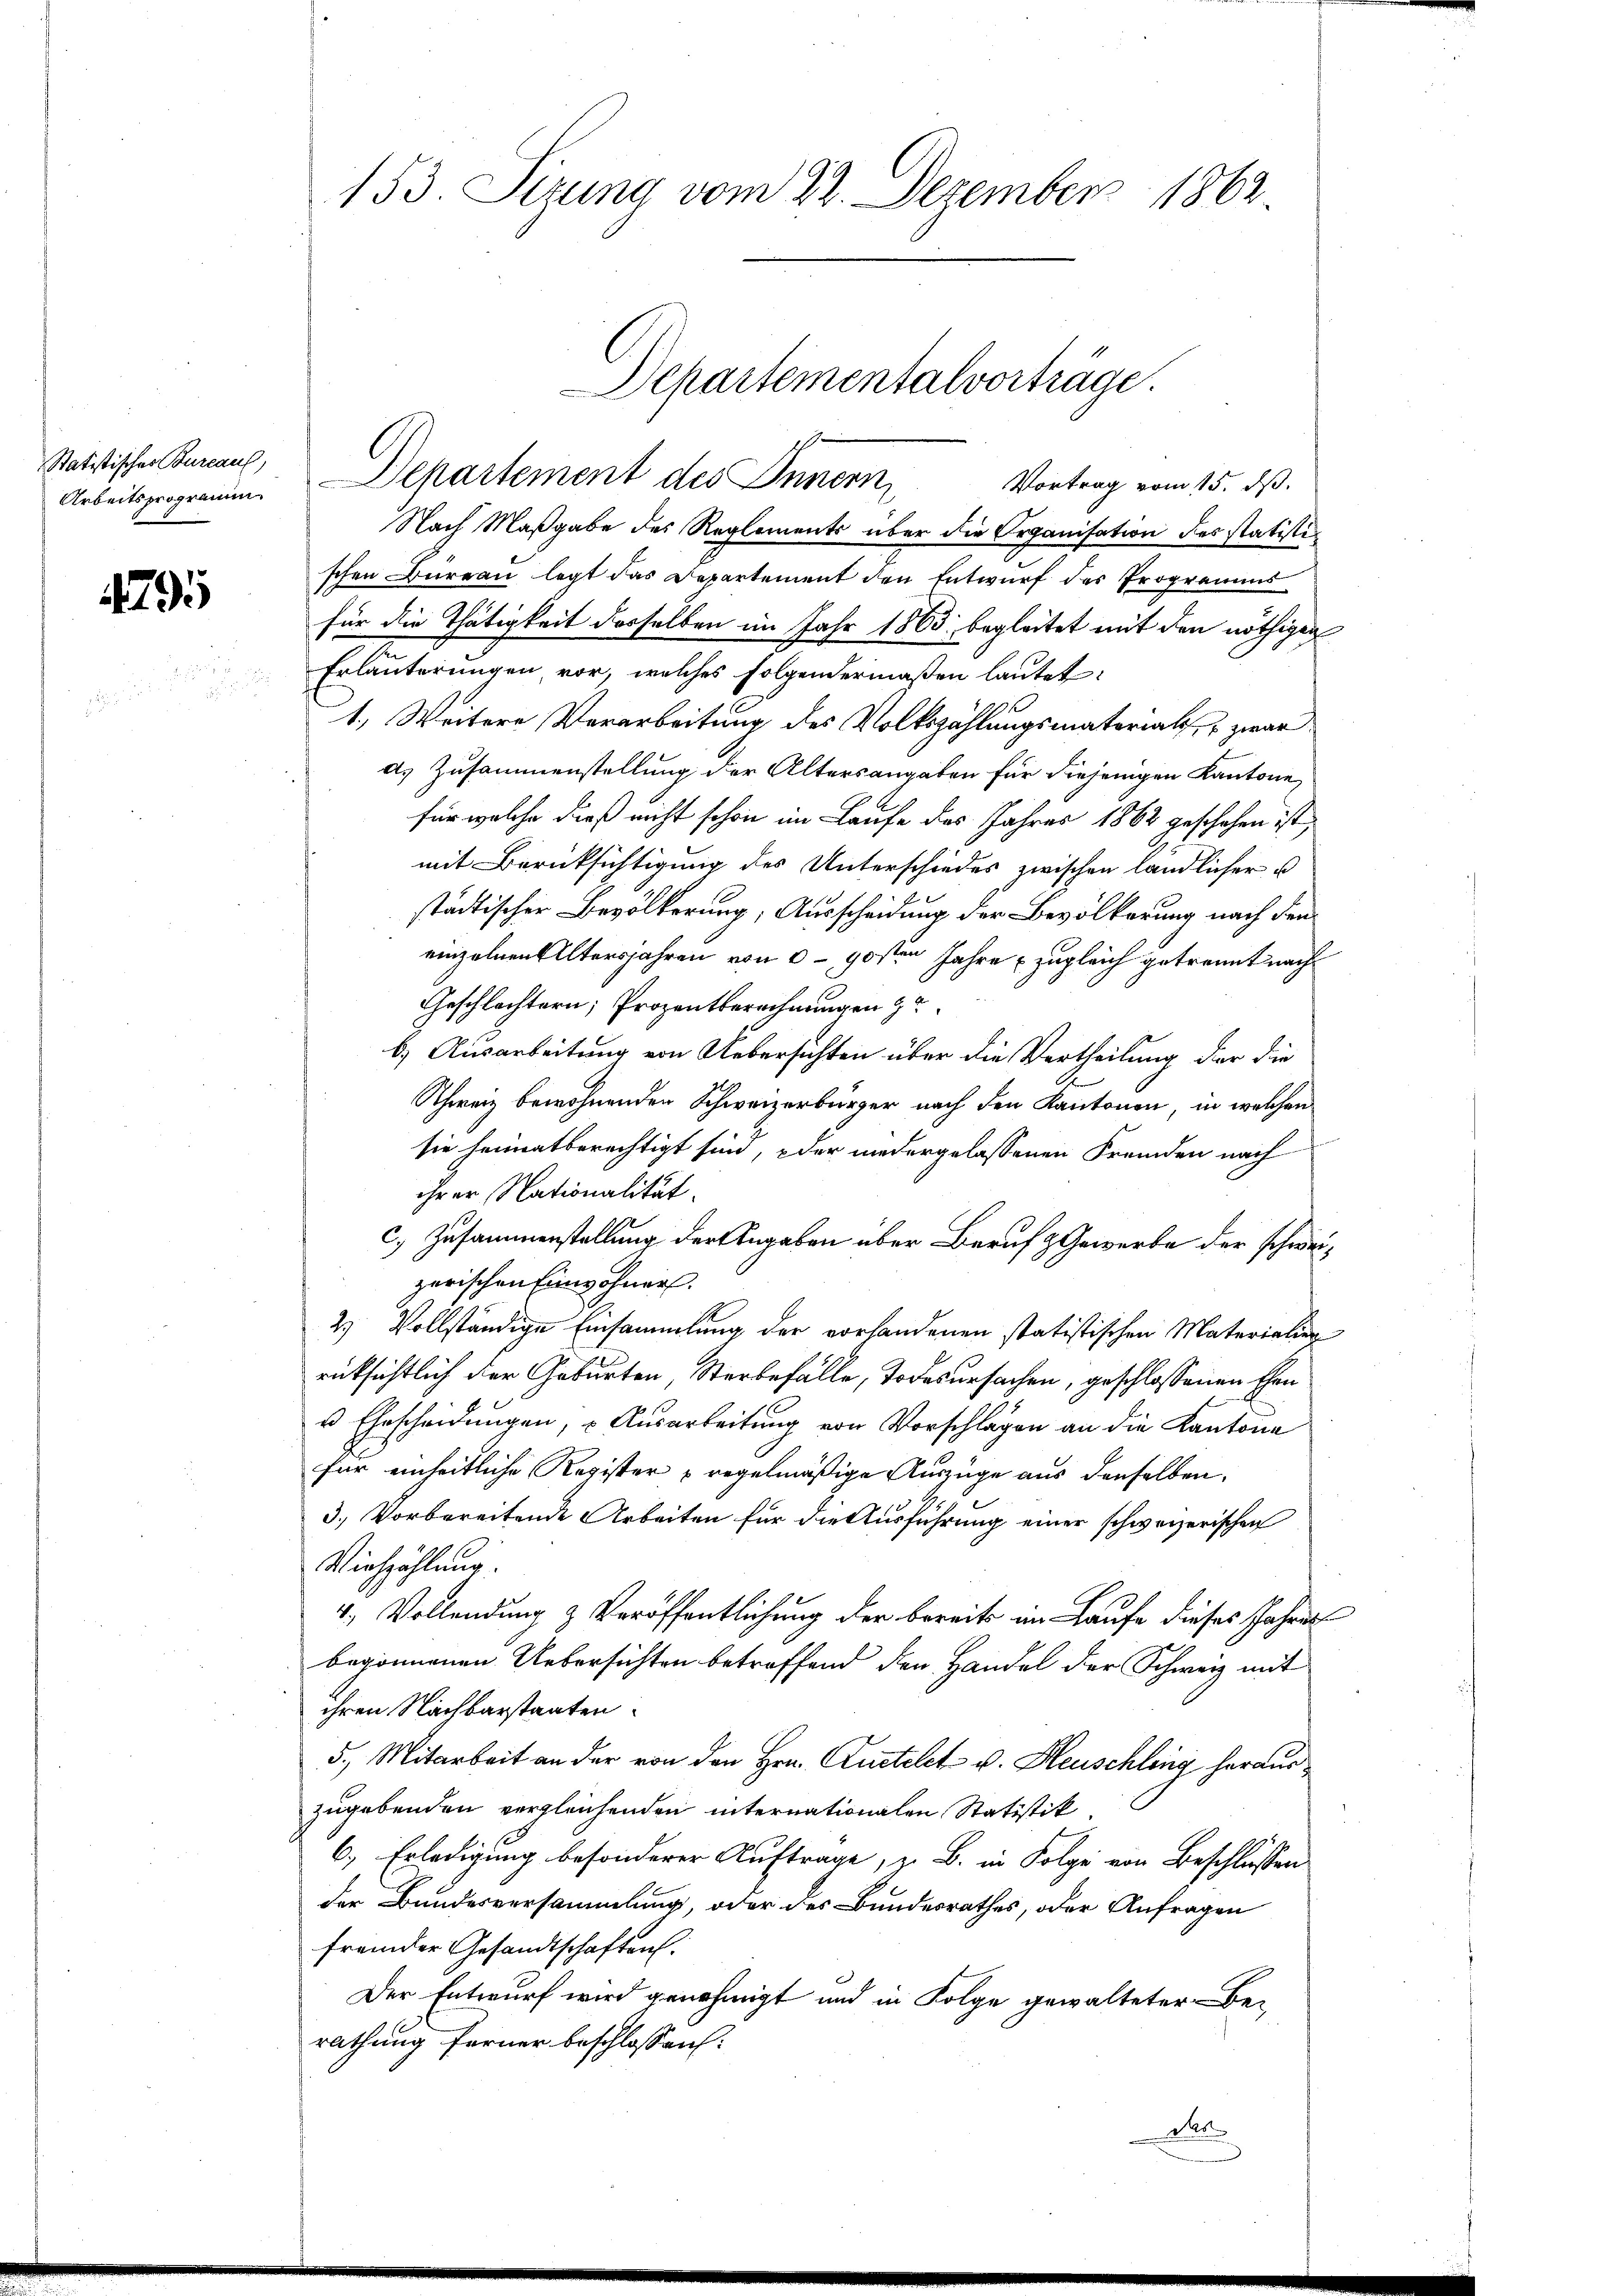
Arbeitsprogramm

4795

.

Nach Maßgabe des Reglements über die Organisation des statisti
schen Bureau legt das Departement den Entwurf der Programens
für die Thätigkeit desselben im Jahr 1863 begleitet mit den nöthigen
Erläuterungen vor, welches folgendermaßen lautet:
1., Weitere Verarbeitung des Volkszählungsmaterials, zwar
d. Zusammenstellung der Altersangaben für diejenigen Kantone
für welche dieß nicht schon im Laufe des Jahres 1862 geschehen ist,
mit Berücksichtigung des Unterschiedes zwischen ländlicher
städtischer Bevölkerung, Ausscheidung der Bevölkerung nach den
einzelnen Altersjahren von 0 - 70sten Jahre zugleich getrennt nach
Geschlechtern; Prozentberechnungen z
6) Ausarbeitung von Uebersichten über die Vertheilung der die
Schweiz bewohnenden Schweizerbürger nach den Kantonen, in welchen
sie heimatberechtigt sind, oder niedergelassenen Fremden nach
ihrer Nationalität.
c) Zusammenstellung der Angaben über Beruf & Gewerbe der schweizerischen Einwohner.
2.) Vollständige Einsammlung der vorhandenen statistischen Materialien
rücksichtlich der Geburten, Sterbefälle, Todesursachen, geschlossenen Ehen
 Ehrscheidungen, u. Ausarbeitung von Vorschlagen an die Kantona
für einheitliche Register regelmäßige Auszüge aus denselben.
3.) Vorbereitende Arbeiten für die Ausführung einer schweizerischen
Viehzählung.
4. Vollendung & Veröffentlichung der bereits an Laufe dieses Jahres
begonnenen Uebersichten betreffend den Handel der Schweiz mit
ihren Nachbarstaaten.
5., Mitarbeit an der von den Hrn. Kustelet v. Heuschling herauszugebenden vergleichenden internationalen Statistik.
6., Erledigung besonderer Auftrage, z. B. in Folge von Beschlüssen
der Bundesversammlung, oder des Bundesrathes, oder Anfragen
fremder Gesandtschaften.
Der Entwurf wird genehmigt und in Folge gewalteter Be-
rathung ferner beschlossen:
A

153. Sizung vom 22. Dezember 1862.

Departementalvorträge.
Statistischen Sunaus Departement des Innern,
Vortrag vom 15. dß.